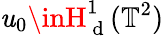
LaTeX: \mathit{u}_{0}\inH_{\mathrm{{~d~}}}^{1}(\mathbb{{T}}^{2})